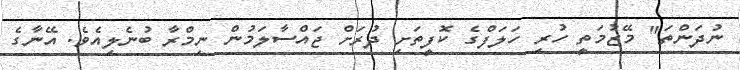
ނުދަންތަ" މޭޒުމަތީ ހުރި ހަލަފްގެ ކޮފީތަށި ދުރަށް ޖައްސާލަމުން ނިމްރާ ބުނެލިއެވެ. އޭނާގެ